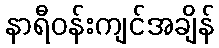
နာရီဝန်းကျင်အချိန်